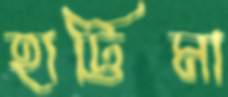
হাট্টিমা